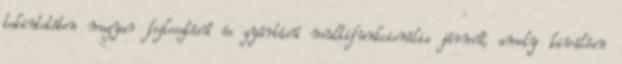
tekintetében magyar fejlesztésű és gyártású multifunkcionális jármű, amely kiválóan